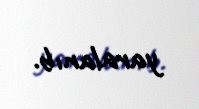
yaralanıb.